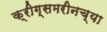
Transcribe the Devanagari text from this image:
क्रीग्समरीनच्या